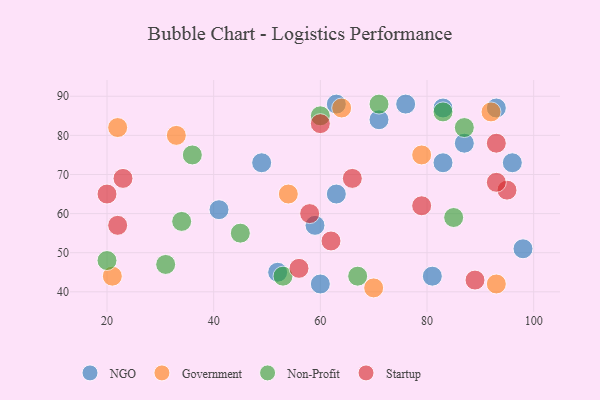
{"axis": {"x": "GDP", "y": "Life Expectancy"}, "legend": ["Government", "NGO", "Non-Profit", "Startup"], "data": [{"x": "76", "y": 88, "type": "NGO"}, {"x": "83", "y": 73, "type": "NGO"}, {"x": "52", "y": 45, "type": "NGO"}, {"x": "71", "y": 84, "type": "NGO"}, {"x": "98", "y": 51, "type": "NGO"}, {"x": "63", "y": 65, "type": "NGO"}, {"x": "83", "y": 87, "type": "NGO"}, {"x": "41", "y": 61, "type": "NGO"}, {"x": "87", "y": 78, "type": "NGO"}, {"x": "93", "y": 87, "type": "NGO"}, {"x": "96", "y": 73, "type": "NGO"}, {"x": "63", "y": 88, "type": "NGO"}, {"x": "60", "y": 42, "type": "NGO"}, {"x": "81", "y": 44, "type": "NGO"}, {"x": "49", "y": 73, "type": "NGO"}, {"x": "59", "y": 57, "type": "NGO"}, {"x": "79", "y": 75, "type": "Government"}, {"x": "70", "y": 41, "type": "Government"}, {"x": "93", "y": 42, "type": "Government"}, {"x": "22", "y": 82, "type": "Government"}, {"x": "21", "y": 44, "type": "Government"}, {"x": "54", "y": 65, "type": "Government"}, {"x": "92", "y": 86, "type": "Government"}, {"x": "64", "y": 87, "type": "Government"}, {"x": "33", "y": 80, "type": "Government"}, {"x": "31", "y": 47, "type": "Non-Profit"}, {"x": "83", "y": 86, "type": "Non-Profit"}, {"x": "60", "y": 85, "type": "Non-Profit"}, {"x": "71", "y": 88, "type": "Non-Profit"}, {"x": "45", "y": 55, "type": "Non-Profit"}, {"x": "53", "y": 44, "type": "Non-Profit"}, {"x": "34", "y": 58, "type": "Non-Profit"}, {"x": "87", "y": 82, "type": "Non-Profit"}, {"x": "67", "y": 44, "type": "Non-Profit"}, {"x": "36", "y": 75, "type": "Non-Profit"}, {"x": "85", "y": 59, "type": "Non-Profit"}, {"x": "20", "y": 48, "type": "Non-Profit"}, {"x": "62", "y": 53, "type": "Startup"}, {"x": "89", "y": 43, "type": "Startup"}, {"x": "93", "y": 78, "type": "Startup"}, {"x": "56", "y": 46, "type": "Startup"}, {"x": "22", "y": 57, "type": "Startup"}, {"x": "60", "y": 83, "type": "Startup"}, {"x": "23", "y": 69, "type": "Startup"}, {"x": "66", "y": 69, "type": "Startup"}, {"x": "95", "y": 66, "type": "Startup"}, {"x": "58", "y": 60, "type": "Startup"}, {"x": "93", "y": 68, "type": "Startup"}, {"x": "20", "y": 65, "type": "Startup"}, {"x": "79", "y": 62, "type": "Startup"}]}